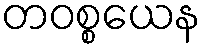
တဝစ္စယေန